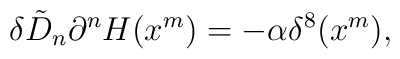
\delta \tilde{D}_{n} \partial^{n} H(x^m) = - \alpha \delta^{8}(x^m),